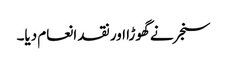
سنجر نے گھوڑا اور نقد انعام دیا۔